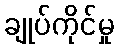
ချုပ်ကိုင်မှု